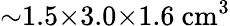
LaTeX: {\sim}1.5{\times}3.0{\times}1.6~\mathrm{cm^{3}}